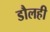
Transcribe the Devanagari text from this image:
डौलही